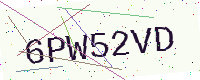
Text: 6PW52VD